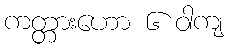
ကတ္တားဟော ၆ ဝါကျ